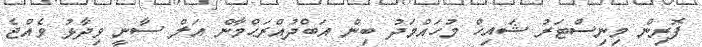
ފޮރިން މިނިސްޓަރު ޝައިހް މުހައްމަދު ބިން އަބްދުއްރަޙްމާން އަލް ސާނީ ވިދާޅު ވެއްޖެ